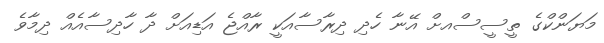
މަޔަންކްގެ ތީސީސްއށް އޭނާ ހެދި ދިރާސާއަކީ ރާއްޖެ އަޑިއަށް ދާ ހާދިސާއެއް ދިމާވެ